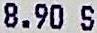
8.90 S